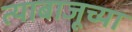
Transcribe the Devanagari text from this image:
त्याबाजूच्या